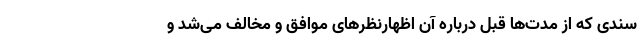
سندی که از مدت‌ها قبل درباره آن اظهارنظرهای موافق و مخالف می‌شد و